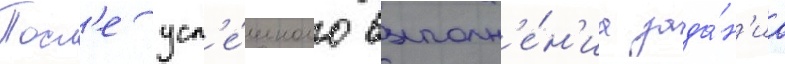
Посл'е усп'е́шного выполн'е́н'иа зада́н'иа